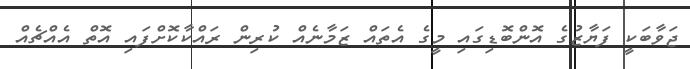
ޖަވާބަކީ ފަޔާޒުގެ އޮންބޮޑިގައި މީގެ އެތައް ޒަމާނެއް ކުރިން ރައްކާކޮށްފައި އޮތް އެއްޗެއް